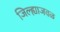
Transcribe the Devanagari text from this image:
जिल्ह्याजवळ